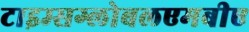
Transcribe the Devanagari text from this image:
टाइम्सग्लोबलएमबीए